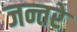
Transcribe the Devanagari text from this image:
जन्तरे